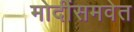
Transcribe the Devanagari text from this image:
मोदींसमवेत